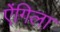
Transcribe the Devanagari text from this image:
ऐंगिला